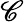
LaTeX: \mathscr{C}